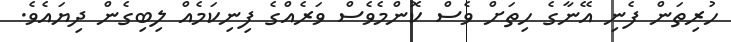
ހުރިތަން ފެނި އޭނާގެ ހިތަށް ވެސް ކޮންމެވެސް ވަރެއްގެ ފިނިކަމެއް ލިބިގެން ދިޔައެވެ.